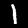
Label: 1